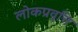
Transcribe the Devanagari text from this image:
लोकप्रवृत्ति